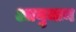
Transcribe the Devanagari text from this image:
आयुमान